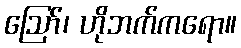
ဪ၊ ဟိုဘက်ကရော။